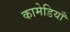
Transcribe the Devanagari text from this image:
कामेडियाँ